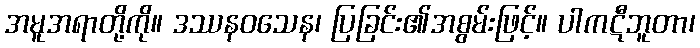
အမူအရာတို့ကို။ ဒဿနဝသေန၊ ပြခြင်း၏အစွမ်းဖြင့်။ ပါကဋီဘူတာ၊